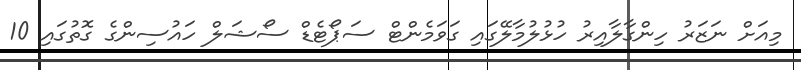
މިއަށް ނަޒަރު ހިންގާލާއިރު ހުޅުލުމާލޭގައި ގަވަމެންޓް ސަޕޯޓެޑް ސޯޝަލް ހައުސިންގެ ގޮތުގައި 10